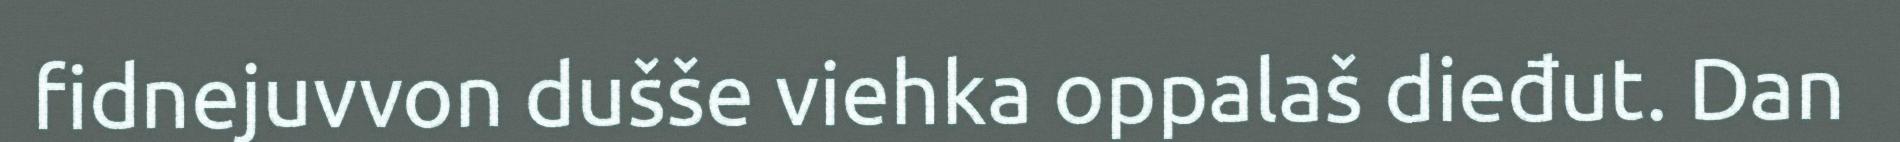
fidnejuvvon dušše viehka oppalaš dieđut. Dan